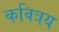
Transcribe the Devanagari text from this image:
कवित्रय